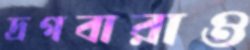
দ্রগবারাও